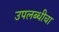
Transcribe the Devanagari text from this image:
उपलब्धीचा